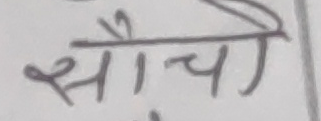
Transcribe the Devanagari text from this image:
सोचे